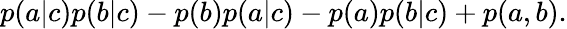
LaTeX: \begin{array}{r}{p(a|c)p(b|c)-p(b)p(a|c)-p(a)p(b|c)+p(a,b).}\end{array}